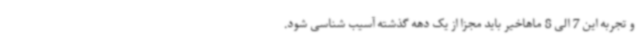
و تجربه این 7 الی 8 ماهاخیر باید مجزا از یک دهه گذشته آسیب شناسی شود.